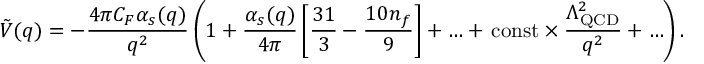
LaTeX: \tilde { V } ( q ) = - \frac { 4 \pi C _ { F } \alpha _ { s } ( q ) } { q ^ { 2 } } \left( 1 + \frac { \alpha _ { s } ( q ) } { 4 \pi } \left[ \frac { 3 1 } { 3 } - \frac { 1 0 n _ { f } } { 9 } \right] + \ldots + \, \mathrm { c o n s t } \times \frac { \Lambda _ { \mathrm { Q C D } } ^ { 2 } } { q ^ { 2 } } + \ldots \right) .